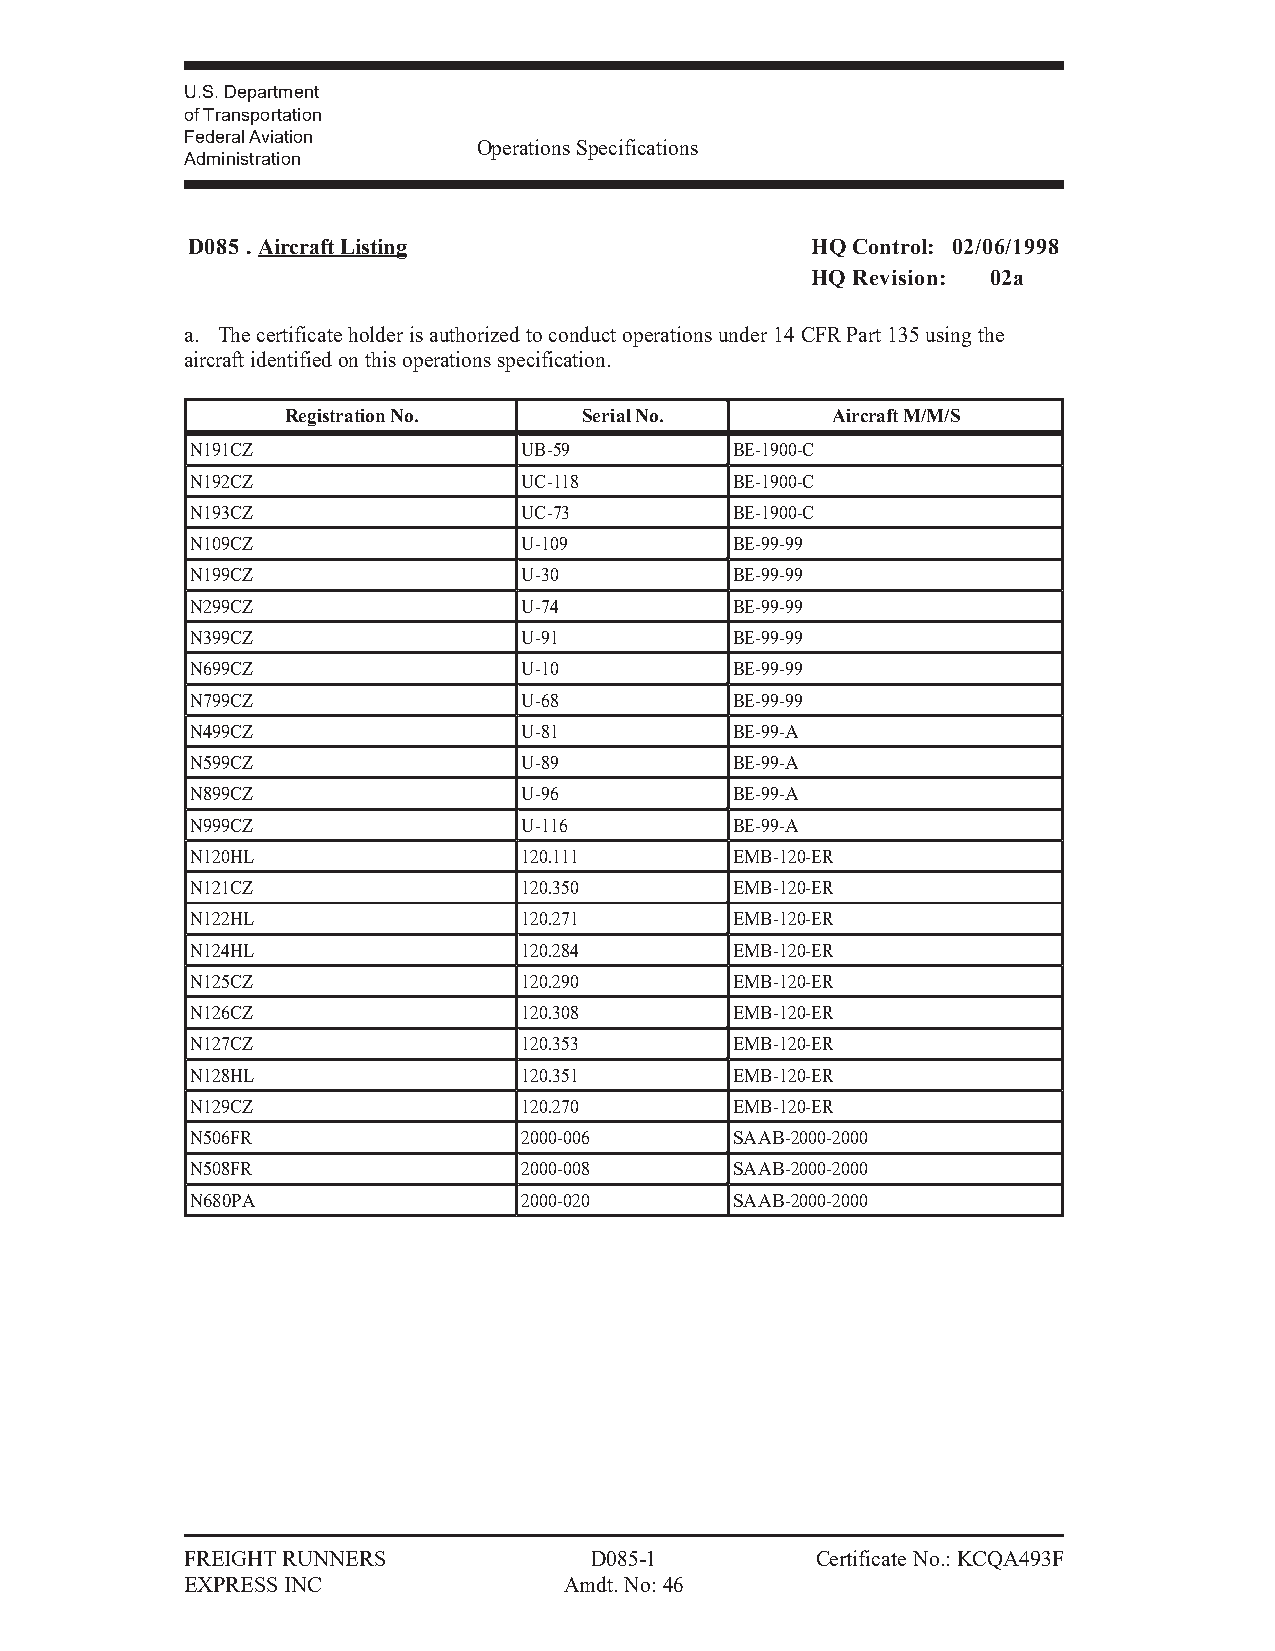
U.S. Department
 of Transportation
 Federal Aviation
 Operations Specifications
 Administration
 D085 . Aircraft Listing                   HQ Control: 02/06/1998
 HQ Revision: 02a
 a. The certificate holder is authorized to conduct operations under 14 CFR Part 135 using the
 aircraft identified on this operations specification.
 Registration No.    Serial No.      Aircraft M/M/S
 N191CZ                UB-59         BE-1900-C
 N192CZ                UC-118        BE-1900-C
 N193CZ                UC-73         BE-1900-C
 N109CZ                U-109         BE-99-99
 N199CZ                U-30          BE-99-99
 N299CZ                U-74          BE-99-99
 N399CZ                U-91          BE-99-99
 N699CZ                U-10          BE-99-99
 N799CZ                U-68          BE-99-99
 N499CZ                U-81          BE-99-A
 N599CZ                U-89          BE-99-A
 N899CZ                U-96          BE-99-A
 N999CZ                U-116         BE-99-A
 N120HL                120.111       EMB-120-ER
 N121CZ                120.350       EMB-120-ER
 N122HL                120.271       EMB-120-ER
 N124HL                120.284       EMB-120-ER
 N125CZ                120.290       EMB-120-ER
 N126CZ                120.308       EMB-120-ER
 N127CZ                120.353       EMB-120-ER
 N128HL                120.351       EMB-120-ER
 N129CZ                120.270       EMB-120-ER
 N506FR                2000-006      SAAB-2000-2000
 N508FR                2000-008      SAAB-2000-2000
 N680PA                2000-020      SAAB-2000-2000
 FREIGHT RUNNERS            D085-1         Certificate No.: KCQA493F
 EXPRESS INC              Amdt. No: 46